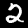
Label: 2